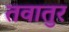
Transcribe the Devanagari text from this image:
तवातुर